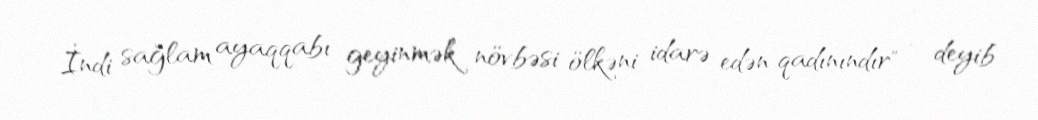
İndi sağlam ayaqqabı geyinmək növbəsi ölkəni idarə edən qadınındır" - deyib